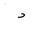
Letter: _dal